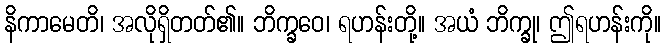
နိကာမေတိ၊ အလိုရှိတတ်၏။ ဘိက္ခဝေ၊ ရဟန်းတို့။ အယံ ဘိက္ခု၊ ဤရဟန်းကို။